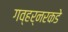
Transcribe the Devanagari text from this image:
गव्हर्नरकडे